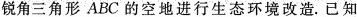
锐角三角形ABC的空地进行生态环境改造。已知